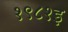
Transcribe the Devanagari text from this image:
१९८१इ